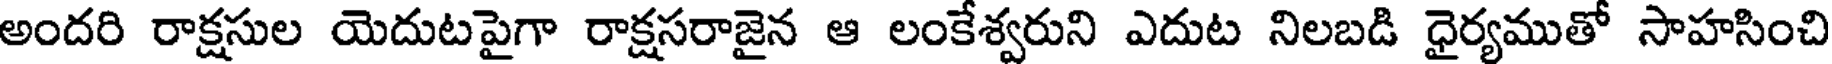
అందరి రాక్షసుల యెదుటపైగా రాక్షసరాజైన ఆ లంకేశ్వరుని ఎదుట నిలబడి ధైర్యముతో సాహసించి